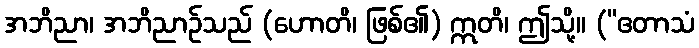
အဘိညာ၊ အဘိညာဉ်သည် (ဟောတိ၊ ဖြစ်၏) ဣတိ၊ ဤသို့။ (“ဧတာသံ